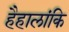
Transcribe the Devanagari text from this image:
हैहालांकि